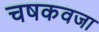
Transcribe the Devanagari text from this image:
चषकवजा